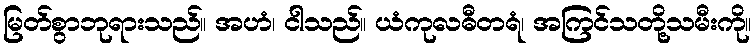
မြတ်စွာဘုရားသည်။ အဟံ၊ ငါသည်။ ယံကုလဓီတရံ၊ အကြင်သတို့သမီးကို။